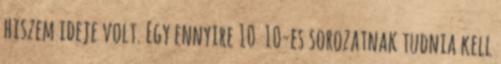
hiszem ideje volt. Egy ennyire 10 10-es sorozatnak tudnia kell